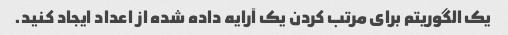
یک الگوریتم برای مرتب کردن یک آرایه داده شده از اعداد ایجاد کنید.